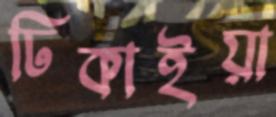
ঢিকাইয়া